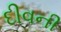
દીવની